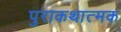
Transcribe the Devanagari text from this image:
पुराकथात्मक